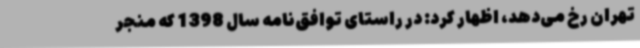
تهران رخ می‌دهد، اظهار کرد: در راستای توافق‌نامه سال 1398 که منجر